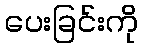
ပေးခြင်းကို